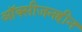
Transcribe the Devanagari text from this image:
ऑक्सीजनहीन